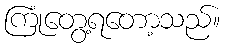
ကြုံတွေ့ရတော့သည်။